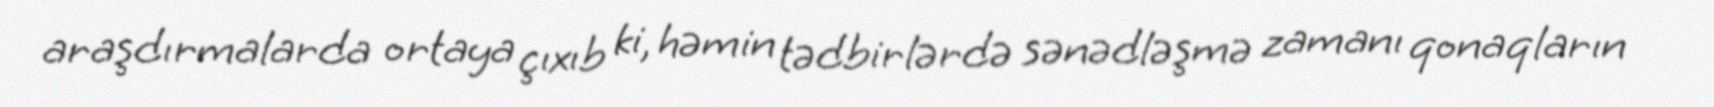
araşdırmalarda ortaya çıxıb ki, həmin tədbirlərdə sənədləşmə zamanı qonaqların